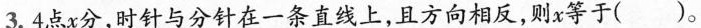
3.4点x分，时针与分针在一条直线上，且方向相反，则x等于( )。